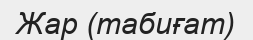
Жар (табиғат)